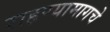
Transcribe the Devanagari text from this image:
राहण्यामागचे